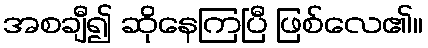
အစချီ၍ ဆိုနေကြပြီ ဖြစ်လေ၏။